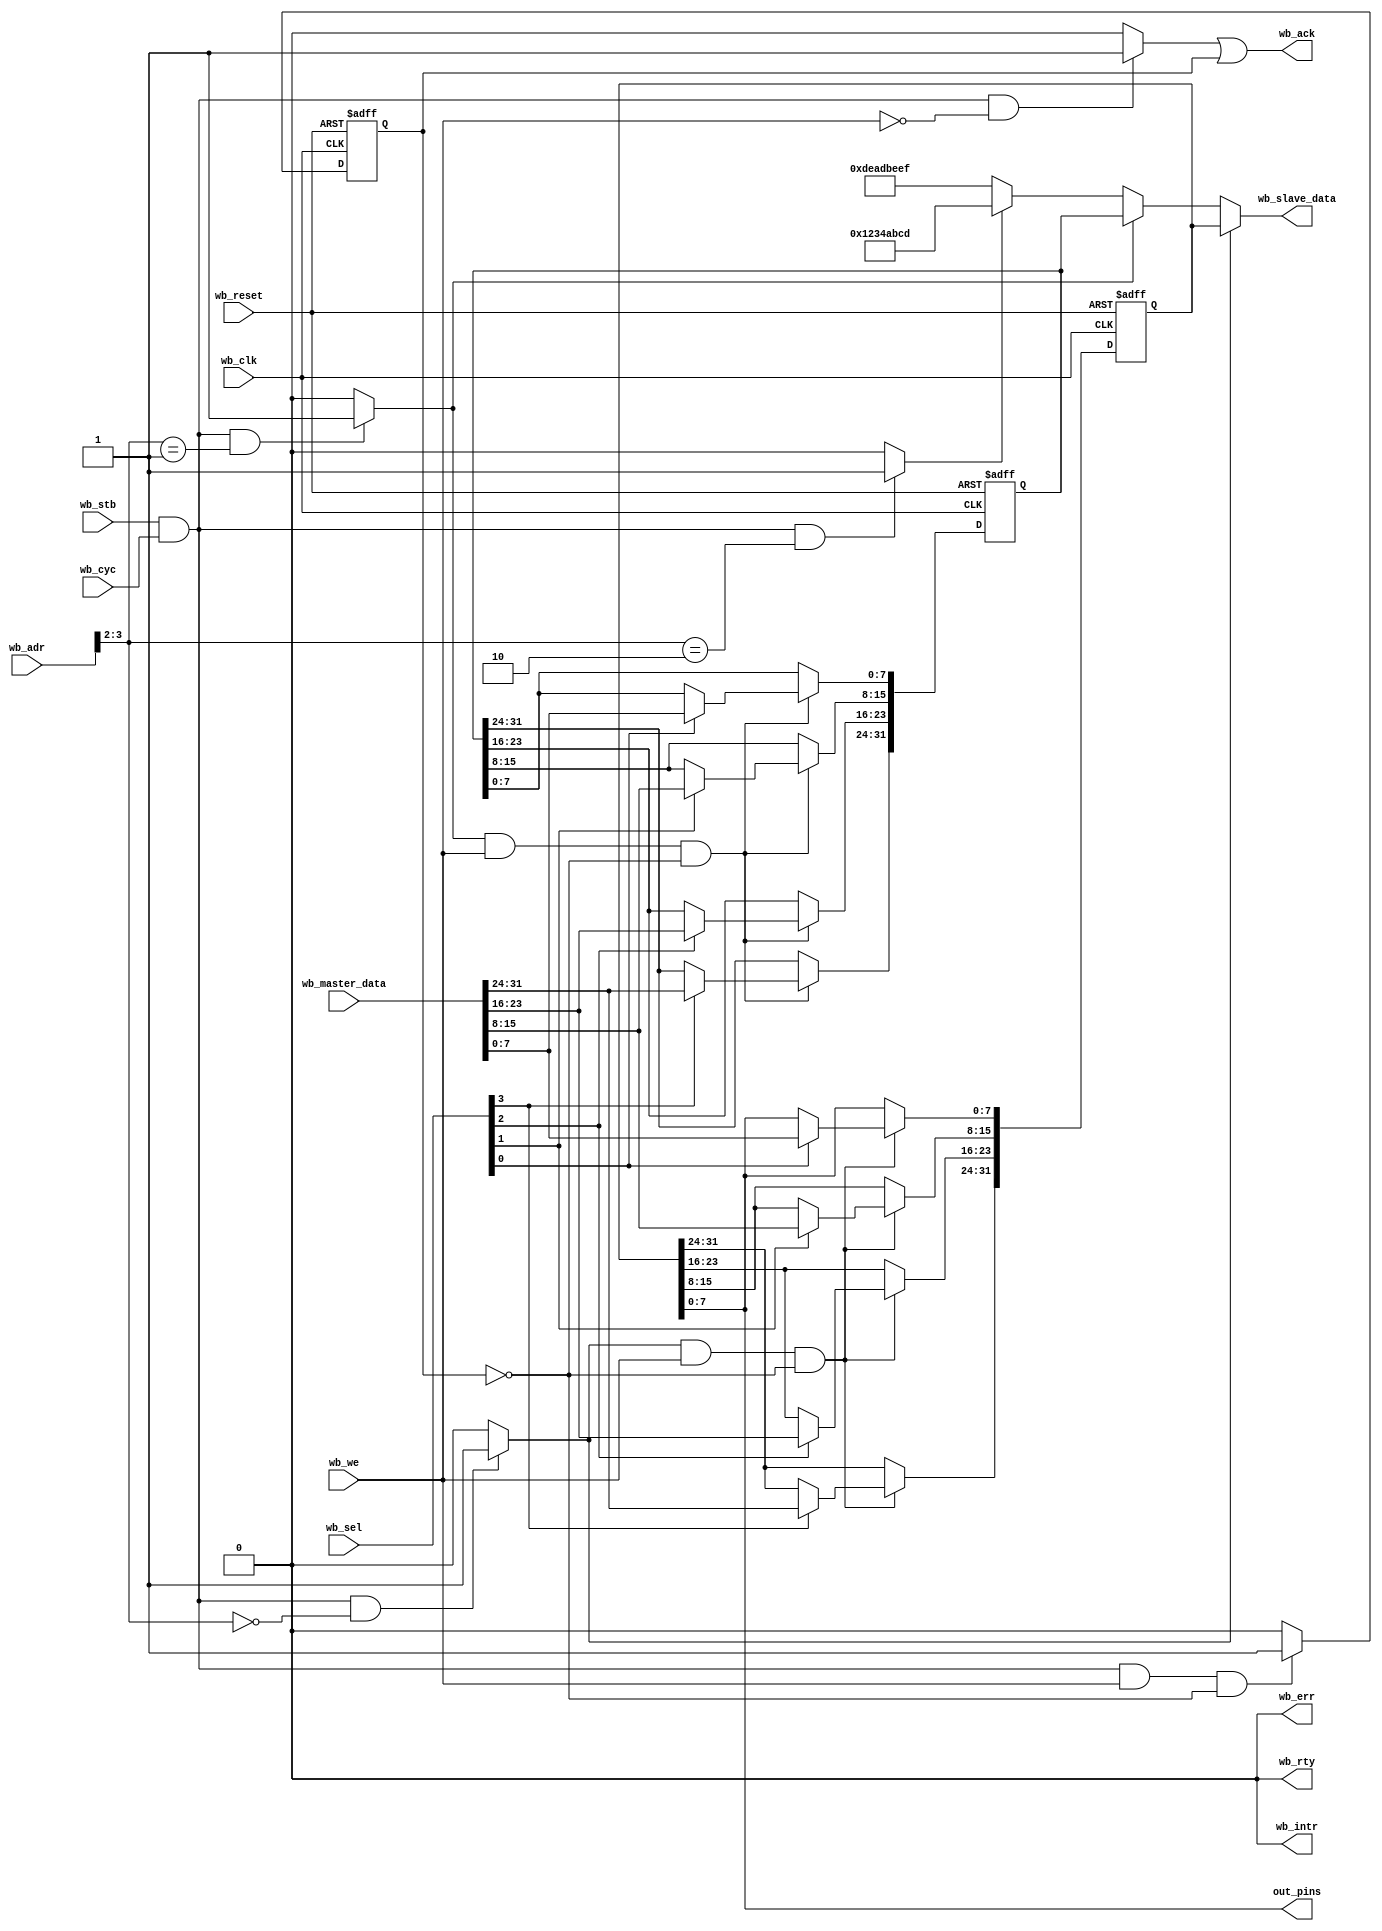
`timescale 1ns / 1ps
//////////////////////////////////////////////////////////////////////////////
//
// A simple register device with three registers:
// ----------------------------------------------
//
//////////////////////////////////////////////////////////////////////////////
module wb_reg_dev
   #(
      parameter CLK_MHZ = 25,
      parameter reg_08_int_val = 32'h1234abcd
   )
   (
//---------------------------------------------------------------------
//
// WISHBONE clock/reset signals
//
//---------------------------------------------------------------------
      wb_reset,//-----------------WISHBONE reset
      wb_clk,//-------------------WISHBONE clock
//---------------------------------------------------------------------
//
// WISHBONE interface signals below.
// - This component does not support burst transfers.
//
//---------------------------------------------------------------------
      wb_adr,//-------------------Address from master
      wb_master_data,//-----------Data from master
      wb_cyc,//-------------------WISHBONE cycle-valid qualifier
      wb_stb,//-------------------WISHBONE transfer qualifier
      wb_sel,//-------------------Data byte-lane selection
      wb_we,//--------------------Write-enable
      wb_slave_data,//------------Data from slave
      wb_ack,//-------------------Data-valid qualifier from slave
      wb_err,//-------------------Error qualifier from slave (never asserted)
      wb_rty,//-------------------Retry qualifier from slave (never asserted)
//---------------------------------------------------------------------
//
// Interrupt line (active-high) that will be connected to the
// processor. Not used but for demonstrating custom component
// connectivity.
//
//
//---------------------------------------------------------------------
      wb_intr,//------------------Interrupt request from slave
//---------------------------------------------------------------------
//
// External pins exposed by this component
//
//---------------------------------------------------------------------
      out_pins//------------------Output pins
   );
   input wb_reset;
   input wb_clk;
   input [31:0] wb_adr;
   input [31:0] wb_master_data;
   input wb_cyc;
   input wb_stb;
   input [3:0] wb_sel;
   input wb_we;
   output [31:0] wb_slave_data;
   output wb_ack;
   output wb_err;
   output wb_rty;
   output wb_intr;
   output [7:0] out_pins;
//------------------------------------------------------------------------
//
// Registers
//
// reg_00 : read/write 32-bit register, general purpose
//
// reg_04 : read-only 32-bit register that contains the WISHBONE
// platform clock frequency (MHz)
//
// reg_08 : read-only register that contains a constant specified when
// instantiating this component in a platform
//
//------------------------------------------------------------------------
   reg [31:0] reg_00;//------------------------32-bits, RW, offset 0
   reg [31:0] reg_04;//------------------------32-bits, RW, offset 4
   //reg_08 constant ------------------------32-bits, RO, offset 8
   reg write_ack;//-----------------------------write-ack
//------------------------------------------------------------------------
//
// Wires
//
//------------------------------------------------------------------------
   wire reg_00_sel;//---------------------------reg_00 selected
   wire reg_04_sel;//---------------------------reg_04 selected
   wire reg_08_sel;//---------------------------reg_08 selected
   wire read_ack;//-----------------------------read-ack
   wire [31:0] read_data;//---------------------reg data mux (reads)
//
// assign register-select signals:
// since there are only two registers, use bit-2 of the
// address bus since addressing is word addressing for LatticeMico32
//
   assign reg_00_sel = ((wb_stb == 1'b1) && (wb_cyc == 1'b1)
   && (wb_adr[3:2] == 2'b00) ) ? 1'b1 : 1'b0;
   assign reg_04_sel = ((wb_stb == 1'b1) && (wb_cyc == 1'b1)
   && (wb_adr[3:2] == 2'b01) ) ? 1'b1 : 1'b0;
   assign reg_08_sel = ((wb_stb == 1'b1) && (wb_cyc == 1'b1)
   && (wb_adr[3:2] == 2'b10) ) ? 1'b1 : 1'b0;
//
// assign read ack: unregistered as data is presented
// immediately. Can make it registered to improve timing
//
   assign read_ack = ((wb_stb == 1'b1) && (wb_cyc == 1'b1)
   && (wb_we == 1'b0)) ? 1'b1:1'b0;
//
// assign asynchronous data-output mux
//
   assign read_data = (reg_00_sel == 1'b1)? reg_00 :
   (reg_04_sel == 1'b1)? reg_04 :
   (reg_08_sel == 1'b1)? reg_08_int_val :
   32'hdeadbeef;
//
// assign write-ack: registered
//
   always @( posedge wb_clk or posedge wb_reset )
      if ( wb_reset ) begin
         write_ack <= 0;
      end
      else begin
         if( (wb_stb == 1'b1) && (wb_cyc == 1'b1) &&
            (wb_we == 1'b1) && (write_ack == 1'b0) ) begin
            write_ack <= 1'b1;
         end
         else begin
            write_ack <= 1'b0;
         end
      end
//
// register_00 write process: supports byte-writes
//
   always @( posedge wb_clk or posedge wb_reset )
      if ( wb_reset ) begin
         reg_00 <= 32'b0;
      end
      else begin
         if ( (reg_00_sel == 1'b1) && (wb_we == 1'b1) &&
            (write_ack == 1'b0) ) begin
            if( wb_sel[0] == 1'b1 ) begin
               reg_00[7:0] <= wb_master_data[7:0];
            end
            if( wb_sel[1] == 1'b1 ) begin
               reg_00[15:8] <= wb_master_data[15:8];
            end
            if( wb_sel[2] == 1'b1 ) begin
               reg_00[23:16] <= wb_master_data[23:16];
            end
            if( wb_sel[3] == 1'b1 ) begin
               reg_00[31:24] <= wb_master_data[31:24];
            end
         end
      end
//
// register_04 write process: supports byte-writes
//
   function integer i_clk_mhz;
      input integer clk_mhz;
      begin
         i_clk_mhz = clk_mhz;
      end
   endfunction // i_clk_mhz
   parameter CLK_MHZ_INT_VALUE = i_clk_mhz(CLK_MHZ);
   always @( posedge wb_clk or posedge wb_reset )
      if ( wb_reset ) begin
         reg_04 <= CLK_MHZ_INT_VALUE;
      end
      else begin
         if ( (reg_04_sel == 1'b1) && (wb_we == 1'b1) &&
            (write_ack == 1'b0) ) begin
            if( wb_sel[0] == 1'b1 ) begin
               reg_04[7:0] <= wb_master_data[7:0];
            end
            if( wb_sel[1] == 1'b1 ) begin
               reg_04[15:8] <= wb_master_data[15:8];
            end
            if( wb_sel[2] == 1'b1 ) begin
               reg_04[23:16] <= wb_master_data[23:16];
            end
            if( wb_sel[3] == 1'b1 ) begin
               reg_04[31:24] <= wb_master_data[31:24];
            end
         end
      end
//------------------------------------------------------------------------
//
// MODULE OUTPUTS
//
//------------------------------------------------------------------------
   // assign component ack
   assign wb_ack = read_ack | write_ack;
   // assign component data
   assign wb_slave_data = read_data;
   // unused rty/err
   assign wb_rty = 1'b0;
   assign wb_err = 1'b0;
   // unused interrupt (active-high)
   assign wb_intr = 1'b0;
   assign out_pins = reg_00[7:0];
	
	endmodule